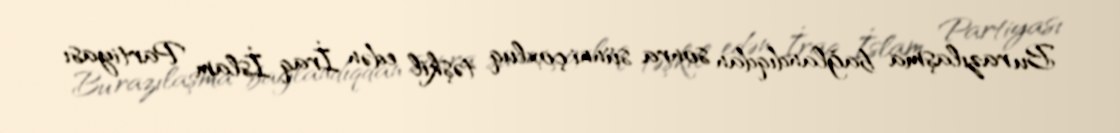
Bu razılaşma bağlandıqdan sonra sünni çoxluq təşkil edən İraq İslam Partiyası